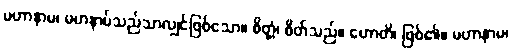
မဟာနာမ၊ မဟနာမ်သည်သာလျှင်ဖြစ်သော။ စိတ္တံ၊ စိတ်သည်။ ဟောတိ၊ ဖြစ်၏။ မဟာနာမ၊